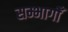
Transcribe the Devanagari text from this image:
सम्भागोँ